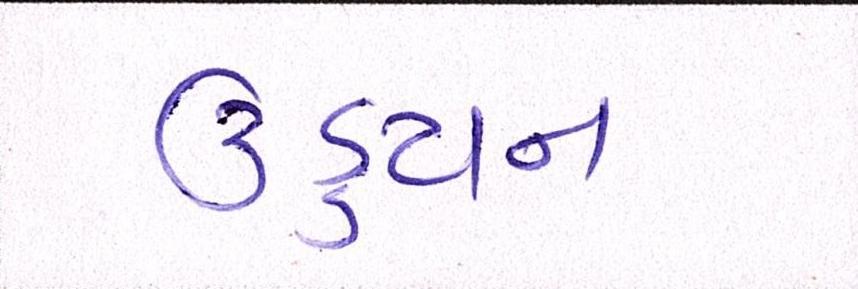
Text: ઉડ્ડયન